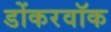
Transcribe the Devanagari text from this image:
डोंकरवॉक